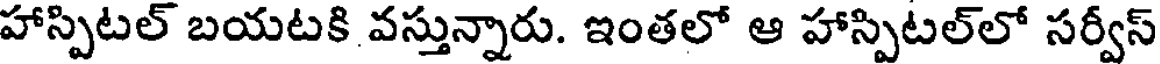
హాస్పిటల్ బయటకి వస్తున్నారు. ఇంతలో ఆ హాస్పిటల్లో సర్వీస్